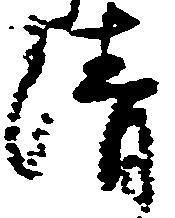
清